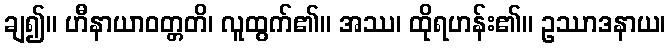
ချ၍။ ဟီနာယာဝတ္တတိ၊ လူထွက်၏။ အဿ၊ ထိုရဟန်း၏။ ဥဿာဒနာယ၊